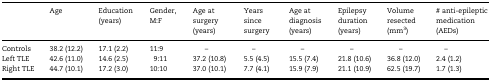
<table><thead><tr><td></td><td><b>Age</b></td><td><b>Education (years)</b></td><td><b>Gender, M:F</b></td><td><b>Age at surgery (years)</b></td><td><b>Years since surgery</b></td><td><b>Age at diagnosis (years)</b></td><td><b>Epilepsy duration (years)</b></td><td><b>Volume resected (mm<sup>3</sup>)</b></td><td><b># anti-epileptic medication (AEDs)</b></td></tr></thead><tbody><tr><td>Controls</td><td>38.2 (12.2)</td><td>17.1 (2.2)</td><td>11:9</td><td>–</td><td>–</td><td>–</td><td>–</td><td>–</td><td>–</td></tr><tr><td>Left TLE</td><td>42.6 (11.0)</td><td>14.6 (2.5)</td><td>9:11</td><td>37.2 (10.8)</td><td>5.5 (4.5)</td><td>15.5 (7.4)</td><td>21.8 (10.6)</td><td>36.8 (12.0)</td><td>2.4 (1.2)</td></tr><tr><td>Right TLE</td><td>44.7 (10.1)</td><td>17.2 (3.0)</td><td>10:10</td><td>37.0 (10.1)</td><td>7.7 (4.1)</td><td>15.9 (7.9)</td><td>21.1 (10.9)</td><td>62.5 (19.7)</td><td>1.7 (1.3)</td></tr></tbody></table>